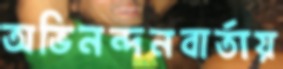
অভিনন্দনবার্তায়